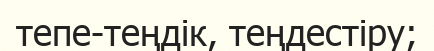
тепе-теңдік, теңдестіру;